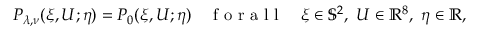
\begin{array} { r } { P _ { \lambda , \nu } ( \xi , U ; \eta ) = P _ { 0 } ( \xi , U ; \eta ) \quad \mathrm { ~ f ~ o ~ r ~ a ~ l ~ l ~ } \quad \xi \in \mathbb { S } ^ { 2 } , ~ U \in \mathbb { R } ^ { 8 } , ~ \eta \in \mathbb { R } , } \end{array}